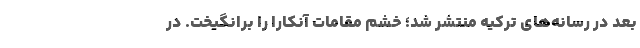
بعد در رسانه‌های ترکیه منتشر شد؛ خشم مقامات آنکارا را برانگیخت. در